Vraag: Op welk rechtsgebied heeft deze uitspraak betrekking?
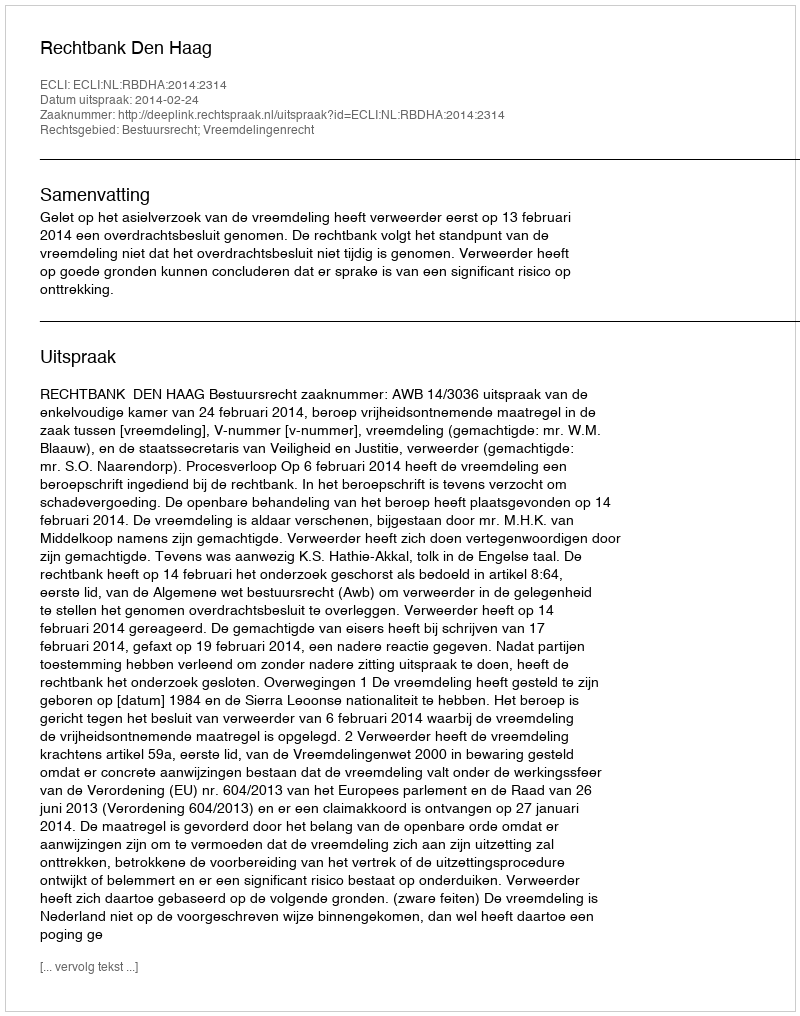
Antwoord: Bestuursrecht; Vreemdelingenrecht